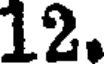
12.